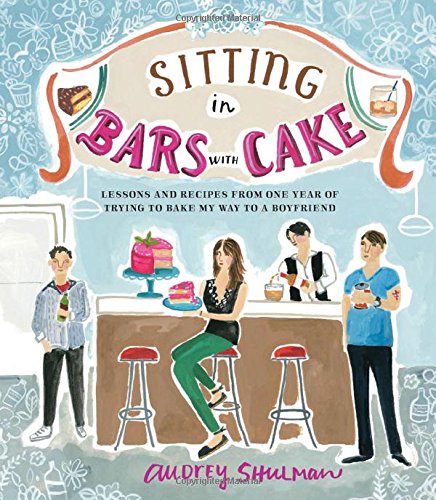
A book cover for Sitting in Bars with Cake: Lessons and Recipes from One Year of Trying to Bake My Way to a Boyfriend; Audrey Shulman; Self-Help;